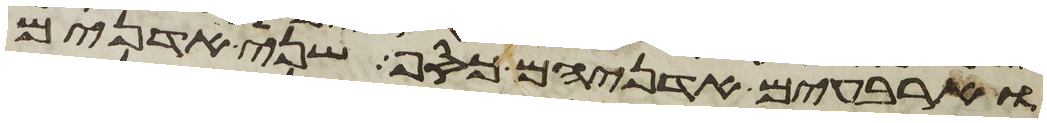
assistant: וארבעים אדניהם כסף שני אדנים